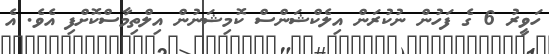
ހަވީރު 6 ގެ ފަހުން ނުކުރަން އިލެކްޝަންސް ކޮމިޝަނުން އިލްތިމާސްކޮށްފި އެވެ. އެ